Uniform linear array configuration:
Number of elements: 12
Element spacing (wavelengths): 0.25
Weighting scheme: hann
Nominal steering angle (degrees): -45
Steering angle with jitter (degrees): -43.134
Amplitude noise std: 0.05
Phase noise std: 0.05

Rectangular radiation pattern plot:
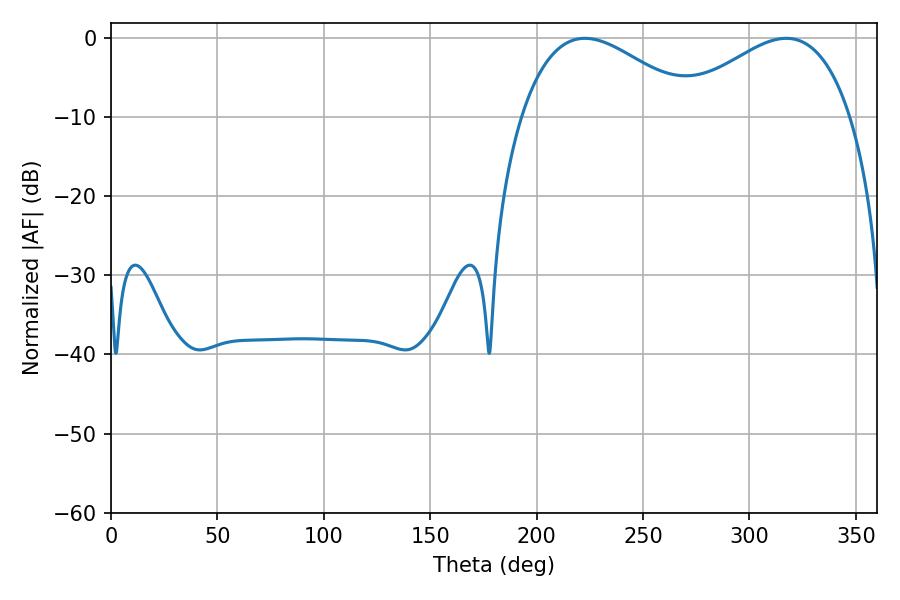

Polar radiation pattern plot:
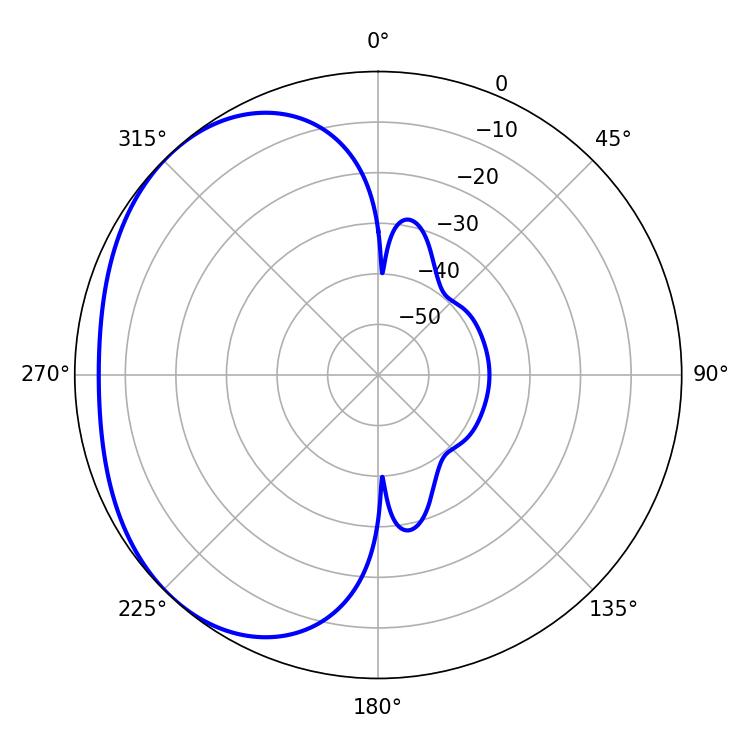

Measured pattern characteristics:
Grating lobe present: FALSE
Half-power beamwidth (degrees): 44.82
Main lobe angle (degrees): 222.66